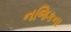
નજિકના